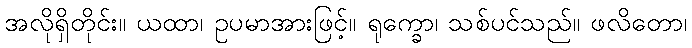
အလိုရှိတိုင်း။ ယထာ၊ ဥပမာအားဖြင့်။ ရုက္ခော၊ သစ်ပင်သည်။ ဖလိတော၊